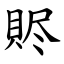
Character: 䝲